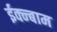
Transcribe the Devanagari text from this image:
ईक्न्बाम